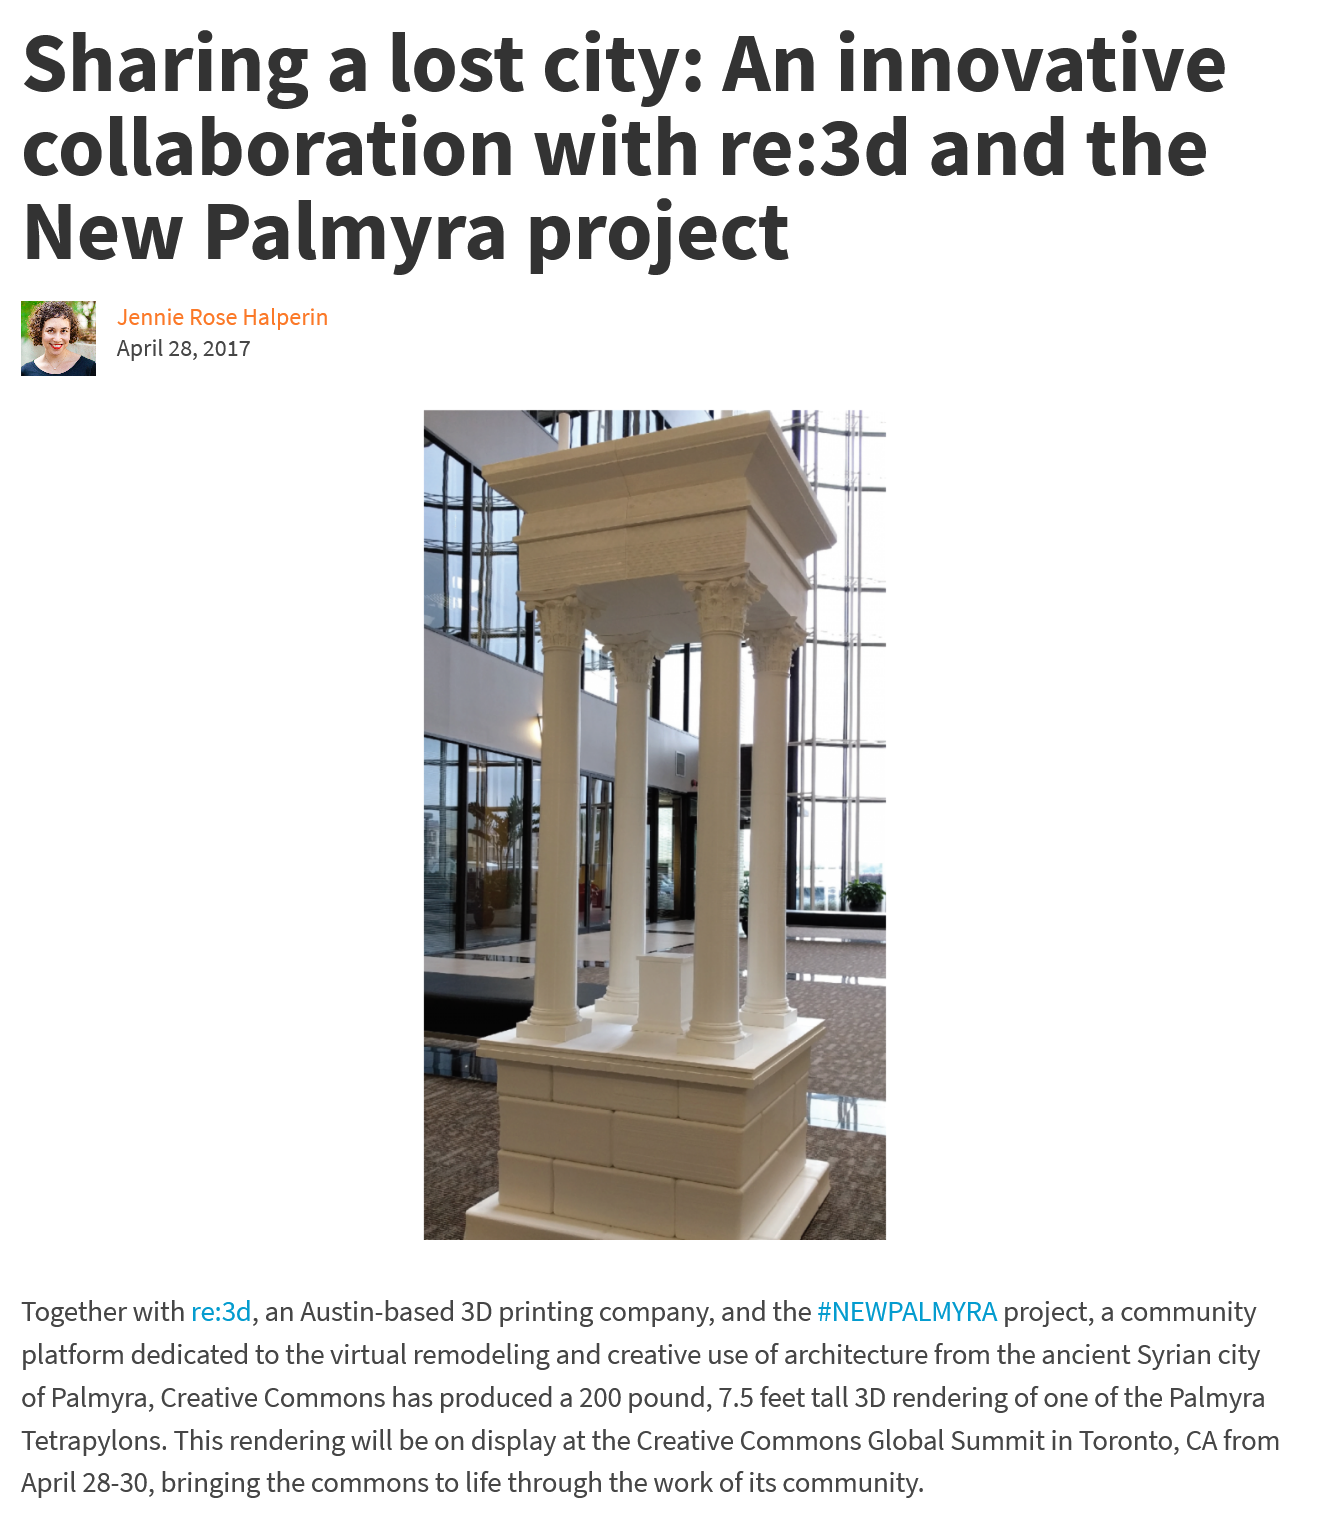
Sharing    a   lost    city:    An    innovative
  collaboration    with    re:3d    and    the
  New    Palmyra    project
  5
  Together with re:3d, an Austin-based 3D printing company, and the #NEWPALMYRA project, a community
  platform dedicated to the virtual remodeling and creative use of architecture from the ancient Syrian city
  of Palmyra, Creative Commons has produced a 200 pound, 7.5 feet tall 3D rendering of one of the Palmyra
  Tetrapylons. This rendering will be on display at the Creative Commons Global Summit in Toronto, CA from
  April 28-30, bringing the commons to life through the work of its community.
     Jennie Rose Halperin
     April 28, 2017